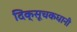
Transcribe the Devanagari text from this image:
दिक्सूचकधानी